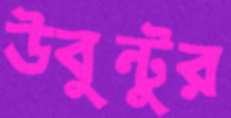
উবুন্টুর